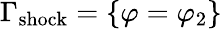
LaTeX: \Gamma_{\mathrm{shock}}=\{ \varphi=\varphi_{2}\}